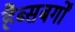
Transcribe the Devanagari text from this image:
हैब्सबर्गों